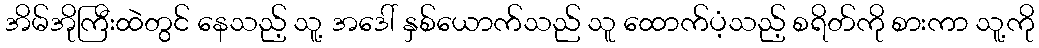
အိမ်အိုကြီးထဲတွင် နေသည့် သူ့ အဒေါ် နှစ်ယောက်သည် သူ ထောက်ပံ့သည့် စရိတ်ကို စားကာ သူ့ကို